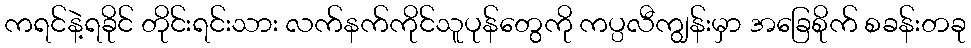
ကရင်နဲ့ရခိုင် တိုင်းရင်းသား လက်နက်ကိုင်သူပုန်တွေကို ကပ္ပလီကျွန်းမှာ အခြေစိုက် စခန်းတခု